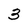
Character: 3